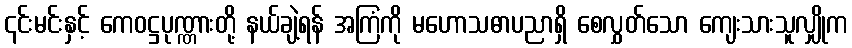
၎င်းမင်းနှင့် ကေဝဋ္ဌပုဏ္ဏားတို့ နယ်ချဲ့ရန် အကြံကို မဟောသဓာပညာရှိ စေလွှတ်သော ကျေးသားသူလျှိုက